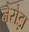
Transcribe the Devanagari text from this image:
नैरोड़ा